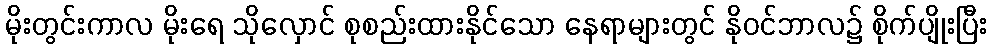
မိုးတွင်းကာလ မိုးရေ သိုလှောင် စုစည်းထားနိုင်သော နေရာများတွင် နိုဝင်ဘာလ၌ စိုက်ပျိုးပြီး